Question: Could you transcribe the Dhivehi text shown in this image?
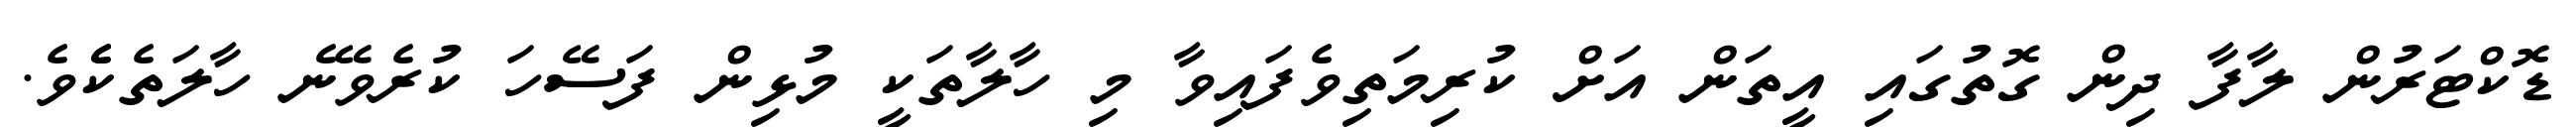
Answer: ޑޮކްޓަރުން ލާފާ ދިން ގޮތުގައި އީތަން އަށް ކުރިމަތިވެފައިވާ މި ހާލާތަކީ މުޅިން ފަސޭހަ ކުރެވޭނެ ހާލަތެކެެވެ.